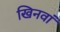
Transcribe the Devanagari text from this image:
खिनवां